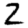
Digit: 2